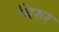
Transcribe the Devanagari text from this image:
बिरुर